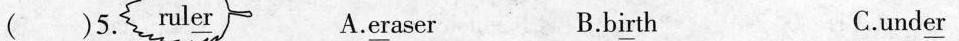
( )5. rul\underline{er} A.\underline{er}aser B.b\underline{ir}th C.und\underline{er}